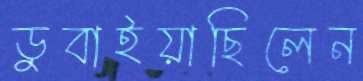
ডুবাইয়াছিলেন